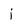
Character: j